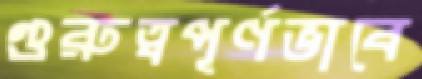
গুরুত্বপূর্ণভাবে